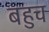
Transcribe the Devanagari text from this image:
बहुच